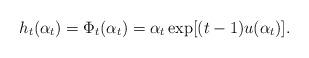
LaTeX: \begin{align*}h_t(\alpha_t)=\Phi_t(\alpha_t)=\alpha_t\exp[(t-1)u(\alpha_t) ].\end{align*}